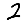
Digit: 2